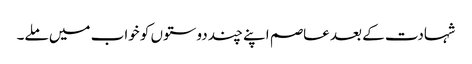
شہادت کے بعد عاصم اپنے چند دوستوں کو خواب میں ملے۔